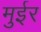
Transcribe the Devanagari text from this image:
मुईर